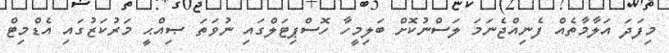
މިފަދަ އަލާމާތެއް ފެނިއްޖެނަމަ ލަސްނުކޮށް ބަލިމީހާ ހޮސްޕިޓަލްގައި ނުވަތަ ޞިއްޙީ މަރުކަޒުގައި އެޑްމިޓް